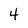
Character: 4